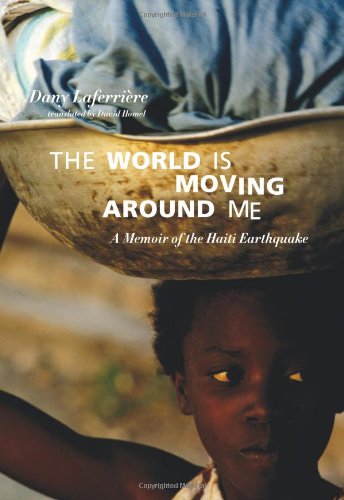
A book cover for The World is Moving Around Me: A Memoir of the Haiti Earthquake; Dany LaferriÃ¨re; Travel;